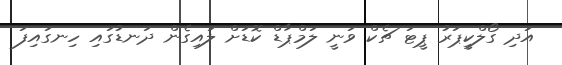
އަދި ގޯލްކީޕަރު ޕީޓަ ޗެކް ވަނީ ލަމްޕާޑް ކޮޑަށް ލައިގެން ދަނޑުގައި ހިނގައިފަ